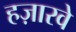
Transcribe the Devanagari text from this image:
हज़ारवे